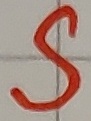
Text: S